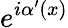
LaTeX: e^{i\alpha^{\prime}(x)}